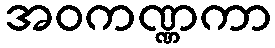
အဝကဏ္ဏကာ